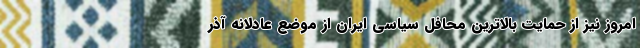
امروز نیز از حمایت بالاترین محافل سیاسی ایران از موضع عادلانه آذر